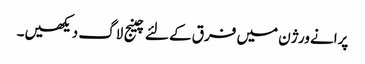
پرانے ورژن میں فرق کے لئے چینج لاگ دیکھیں۔